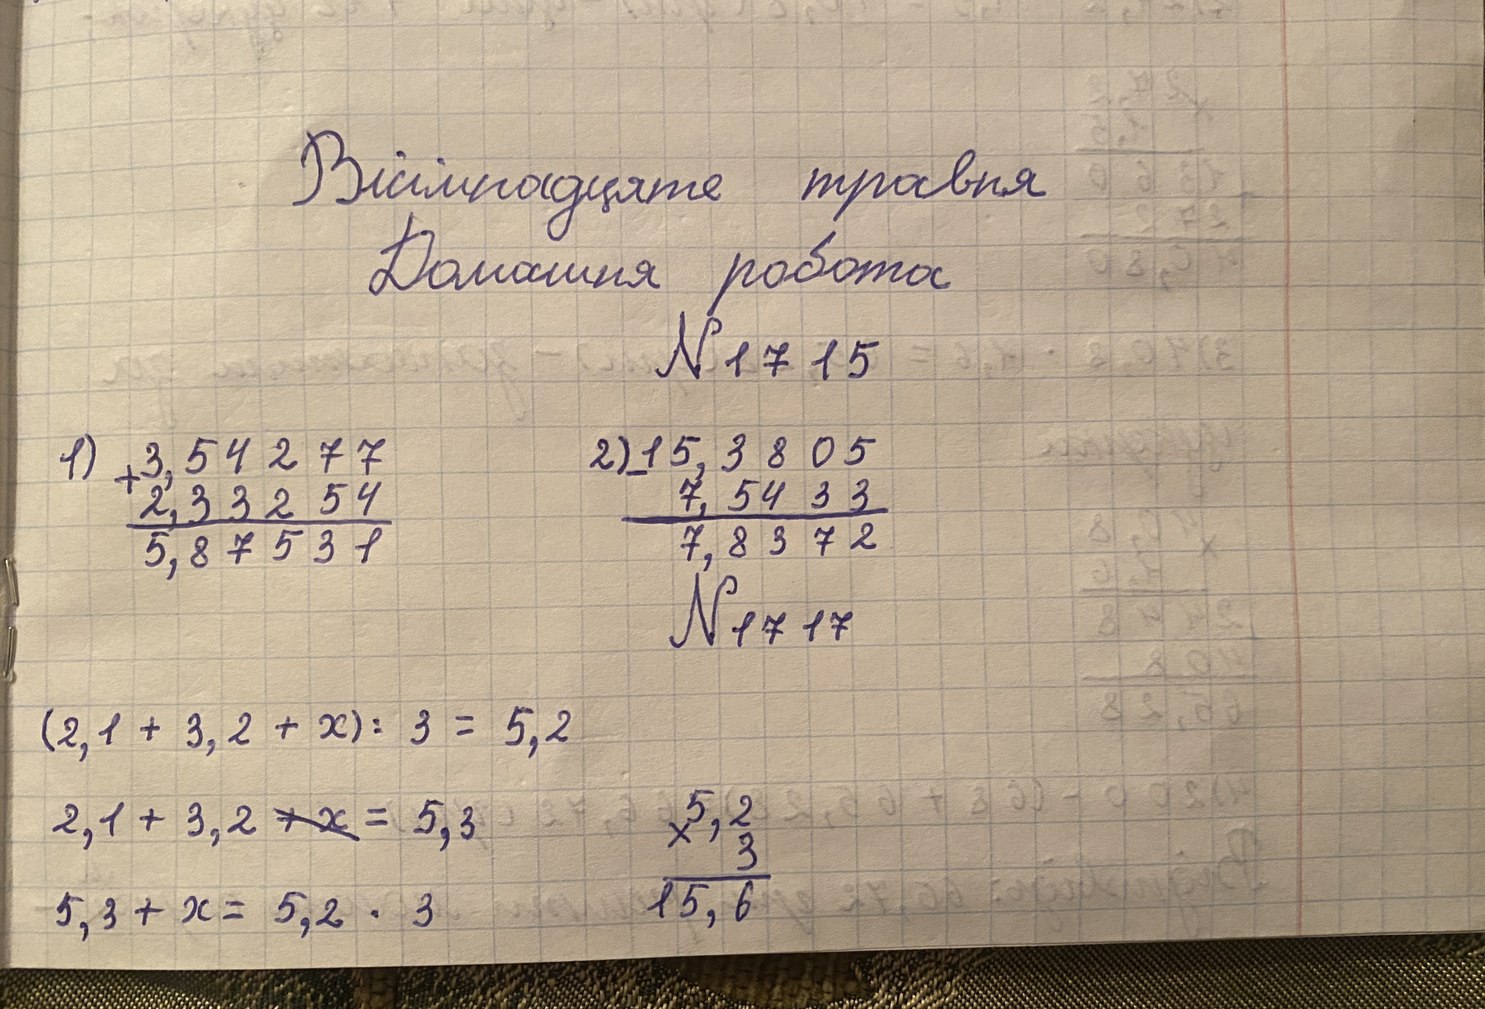
Вісімнадцяте травня
Домашня робота
N 17 15
2) \begin{array}{r} 15,3805 \\ - 7,5433 \\ \hline 7,8372 \end{array}
1) \begin{array}{r} 3,54277 \\ + 2,33254 \\ \hline 5,87531 \end{array}
N 17 17
(2,1 + 3,2 + x) : 3 = 5,2
\begin{array}{r} 5,2 \\ *3 \\ \hline 15,6 \end{array}
2,1 + 3,2~~ + x~~ =5,3
5,3+ х = 5,2 ⋅3